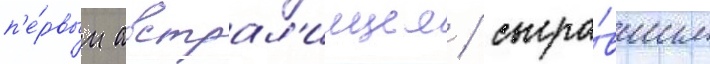
п'е́рвым австрал'иицем / сыгра́вшим